Report on sanitation, dispensaries, and jails in Rajputana for 1910, and on vaccination for the year 1910-1911 - 1910-1911
Year: 1910
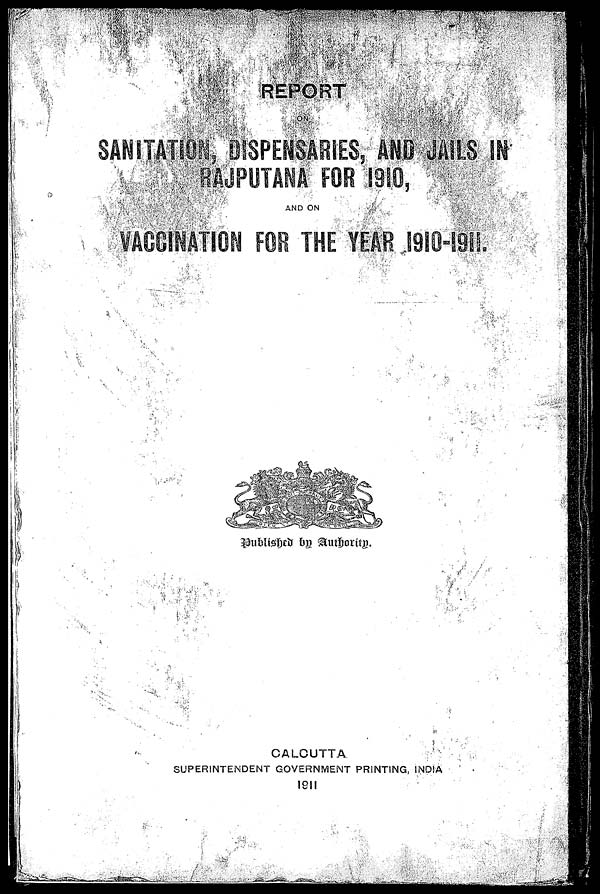
REPORT
ON
SANITATION DISPENSARIES, AND JAILS IN
RAJPUTANA FOR 1910,
AND ON
VACCINATION FOR THE YEAR 1910-1911.
Published by Athority.
CALCUTTA
SUPERINTENDENT GOVERNMENT PRINTING, INDIA
1911